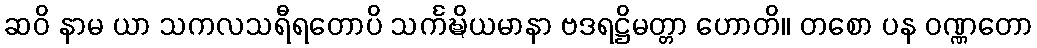
ဆဝိ နာမ ယာ သကလသရီရတောပိ သင်္ကဍ္ဎိယမာနာ ဗဒရဋ္ဌိမတ္တာ ဟောတိ။ တစော ပန ဝဏ္ဏတော